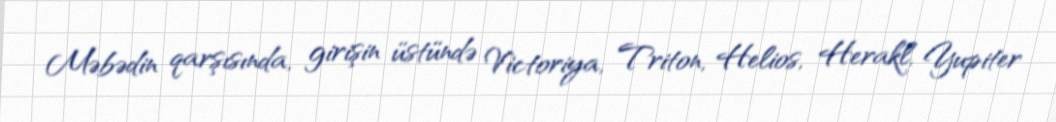
Məbədin qarşısında, girişin üstündə Victoriya, Triton, Helios, Herakl, Yupiter